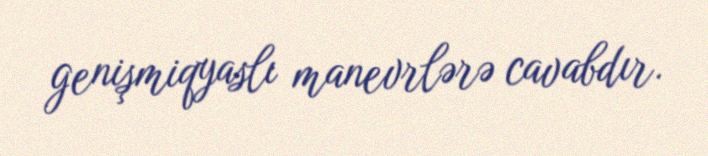
genişmiqyaslı manevrlərə cavabdır.